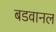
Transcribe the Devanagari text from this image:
बडवानल